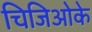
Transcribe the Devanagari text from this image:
चिजिओके